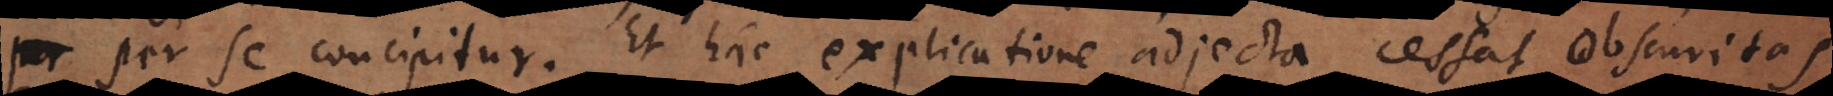
per se concipitur. Et hac explicatione adjecta cessat obscuritas